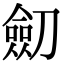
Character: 劎